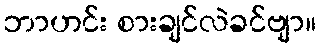
ဘာဟင်း စားချင်လဲခင်ဗျာ။